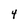
Character: 4